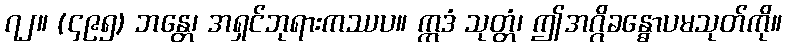
၇၂။ (၄၉၅) ဘန္တေ၊ အရှင်ဘုရားကဿပ။ ဣဒံ သုတ္တံ၊ ဤအဂ္ဂိခန္ဓောပမသုတ်ကို။